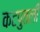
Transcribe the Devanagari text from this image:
कटपुतली